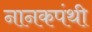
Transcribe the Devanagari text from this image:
नानकपंथी